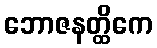
ဘောဇနတ္ထိကေ